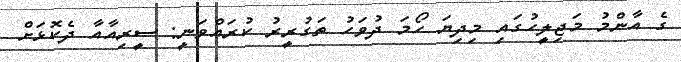
ގެ އާންމު މަޖިލީހުގައި މިދިޔަ ހޯމަ ދުވަހު ތަގުރީރު ކުރައްވަނީ: ސީރިއާއާ ދެކޮޅަށް